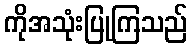
ကိုအသုံးပြုကြသည်